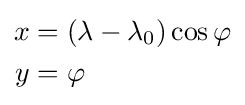
{\begin{aligned}x&=\left(\lambda -\lambda _{0}\right)\cos \varphi \\y&=\varphi \,\end{aligned}}